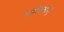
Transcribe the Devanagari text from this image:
माणेकशॉनी